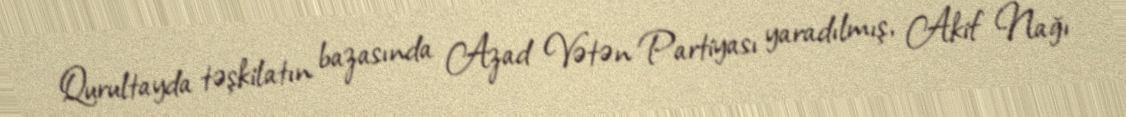
Qurultayda təşkilatın bazasında Azad Vətən Partiyası yaradılmış, Akif Nağı